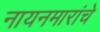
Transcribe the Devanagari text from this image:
नायनमारांचे